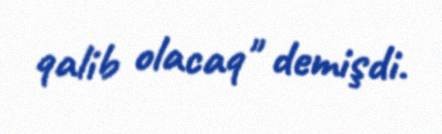
qalib olacaq" demişdi.